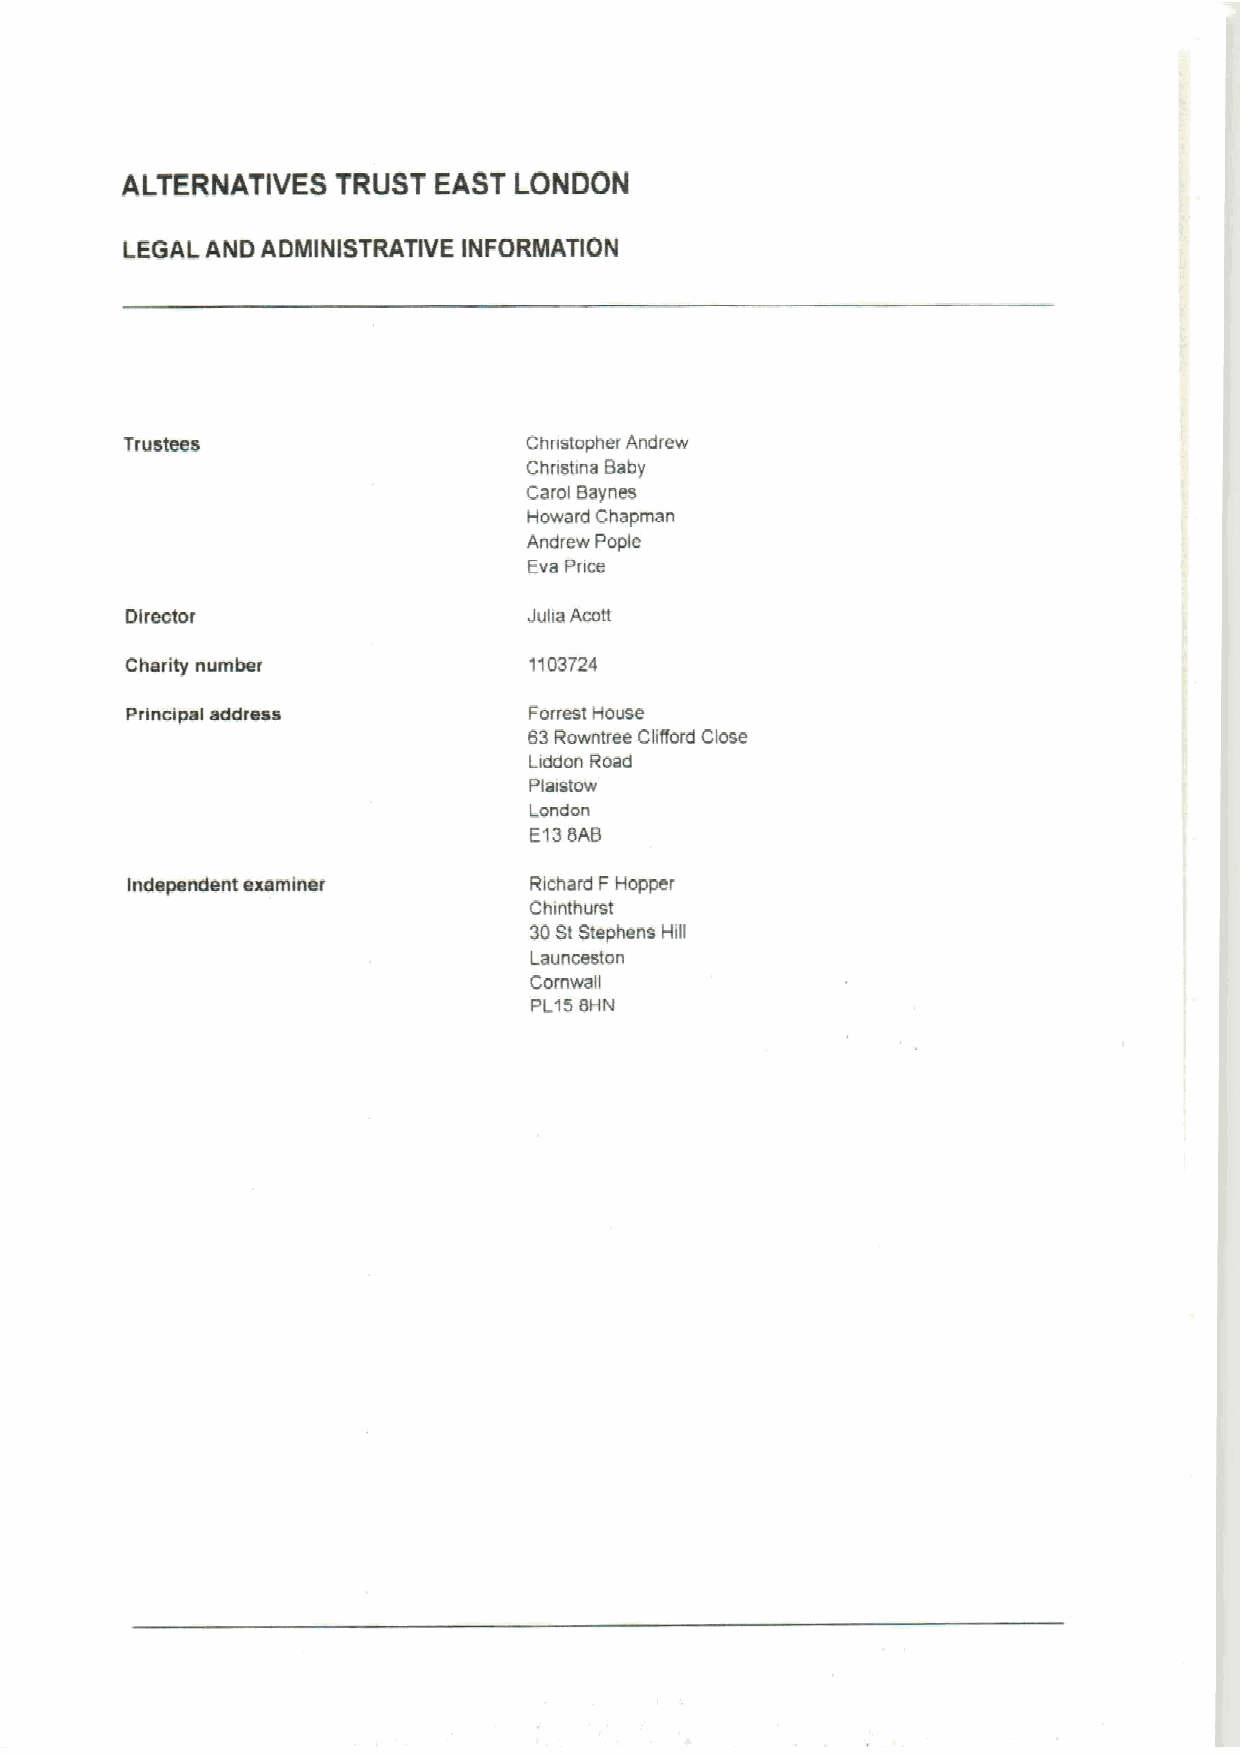
ALTERNATIVES  TRUST  EAST LONQOK
 LEGAL AND ADMINISTRATIVE INFORMATION
 Trustees                   Chnstopher Andrew
 Chnstina Baby
 Carol Baynes
 Howard Chapman
 Andrew Pople
 Evs Pnce
 Director                   Julia Acott
 Charity number             1103724
 Principal address          Forresl House
 83Rowntree Clifford Close
 Liddon Road
 Plaistow
 ondon
 I
 E138AB
 Independent examiner       Richard F Hopper
 Chinthurst
 30St Stephens Hill
 Launceston
 Comwali
 PL158HN